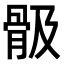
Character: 𩨞